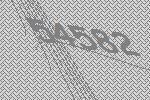
54582